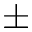
\pm